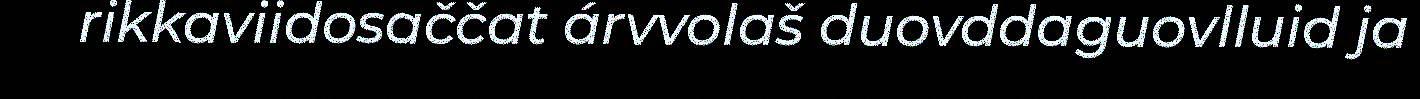
rikkaviidosaččat árvvolaš duovddaguovlluid ja